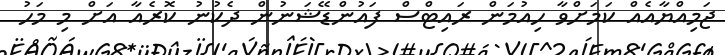
ޖަމިއްޔާއެއް ކަމަށްވާ ހިއުމަން ރައިޓްސް ފައުންޑޭޝަނުން ދެކުނު ކޮރެއާ އަށް މި މަހު